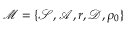
\mathcal M = \{ \mathcal S , \mathcal A , r , \mathcal D , \rho _ { 0 } \}